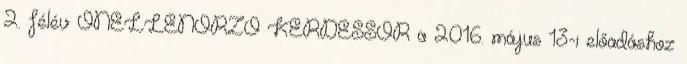
2. félév ÖNELLENŐRZŐ KÉRDÉSSOR a 2016. május 13-i előadáshoz